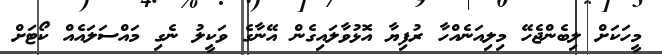
މީހަކަށް ލިބެންޖެހޭ މިލިއަނެއްހާ ރުފިޔާ އޮޅުވާލައިގެން އޭނާގެ ވަކީލު ނެގި މައްސަލައެއް ކޯޓަށް